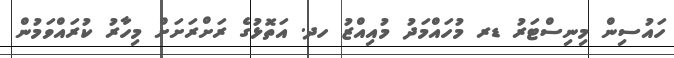
ހައުސިން މިނިސްޓަރު ޑރ މުހައްމަދު މުއިއްޒު ހދ. އަތޮޅުގެ ރަށްރަށަށް މިހާރު ކުރައްވަމުން